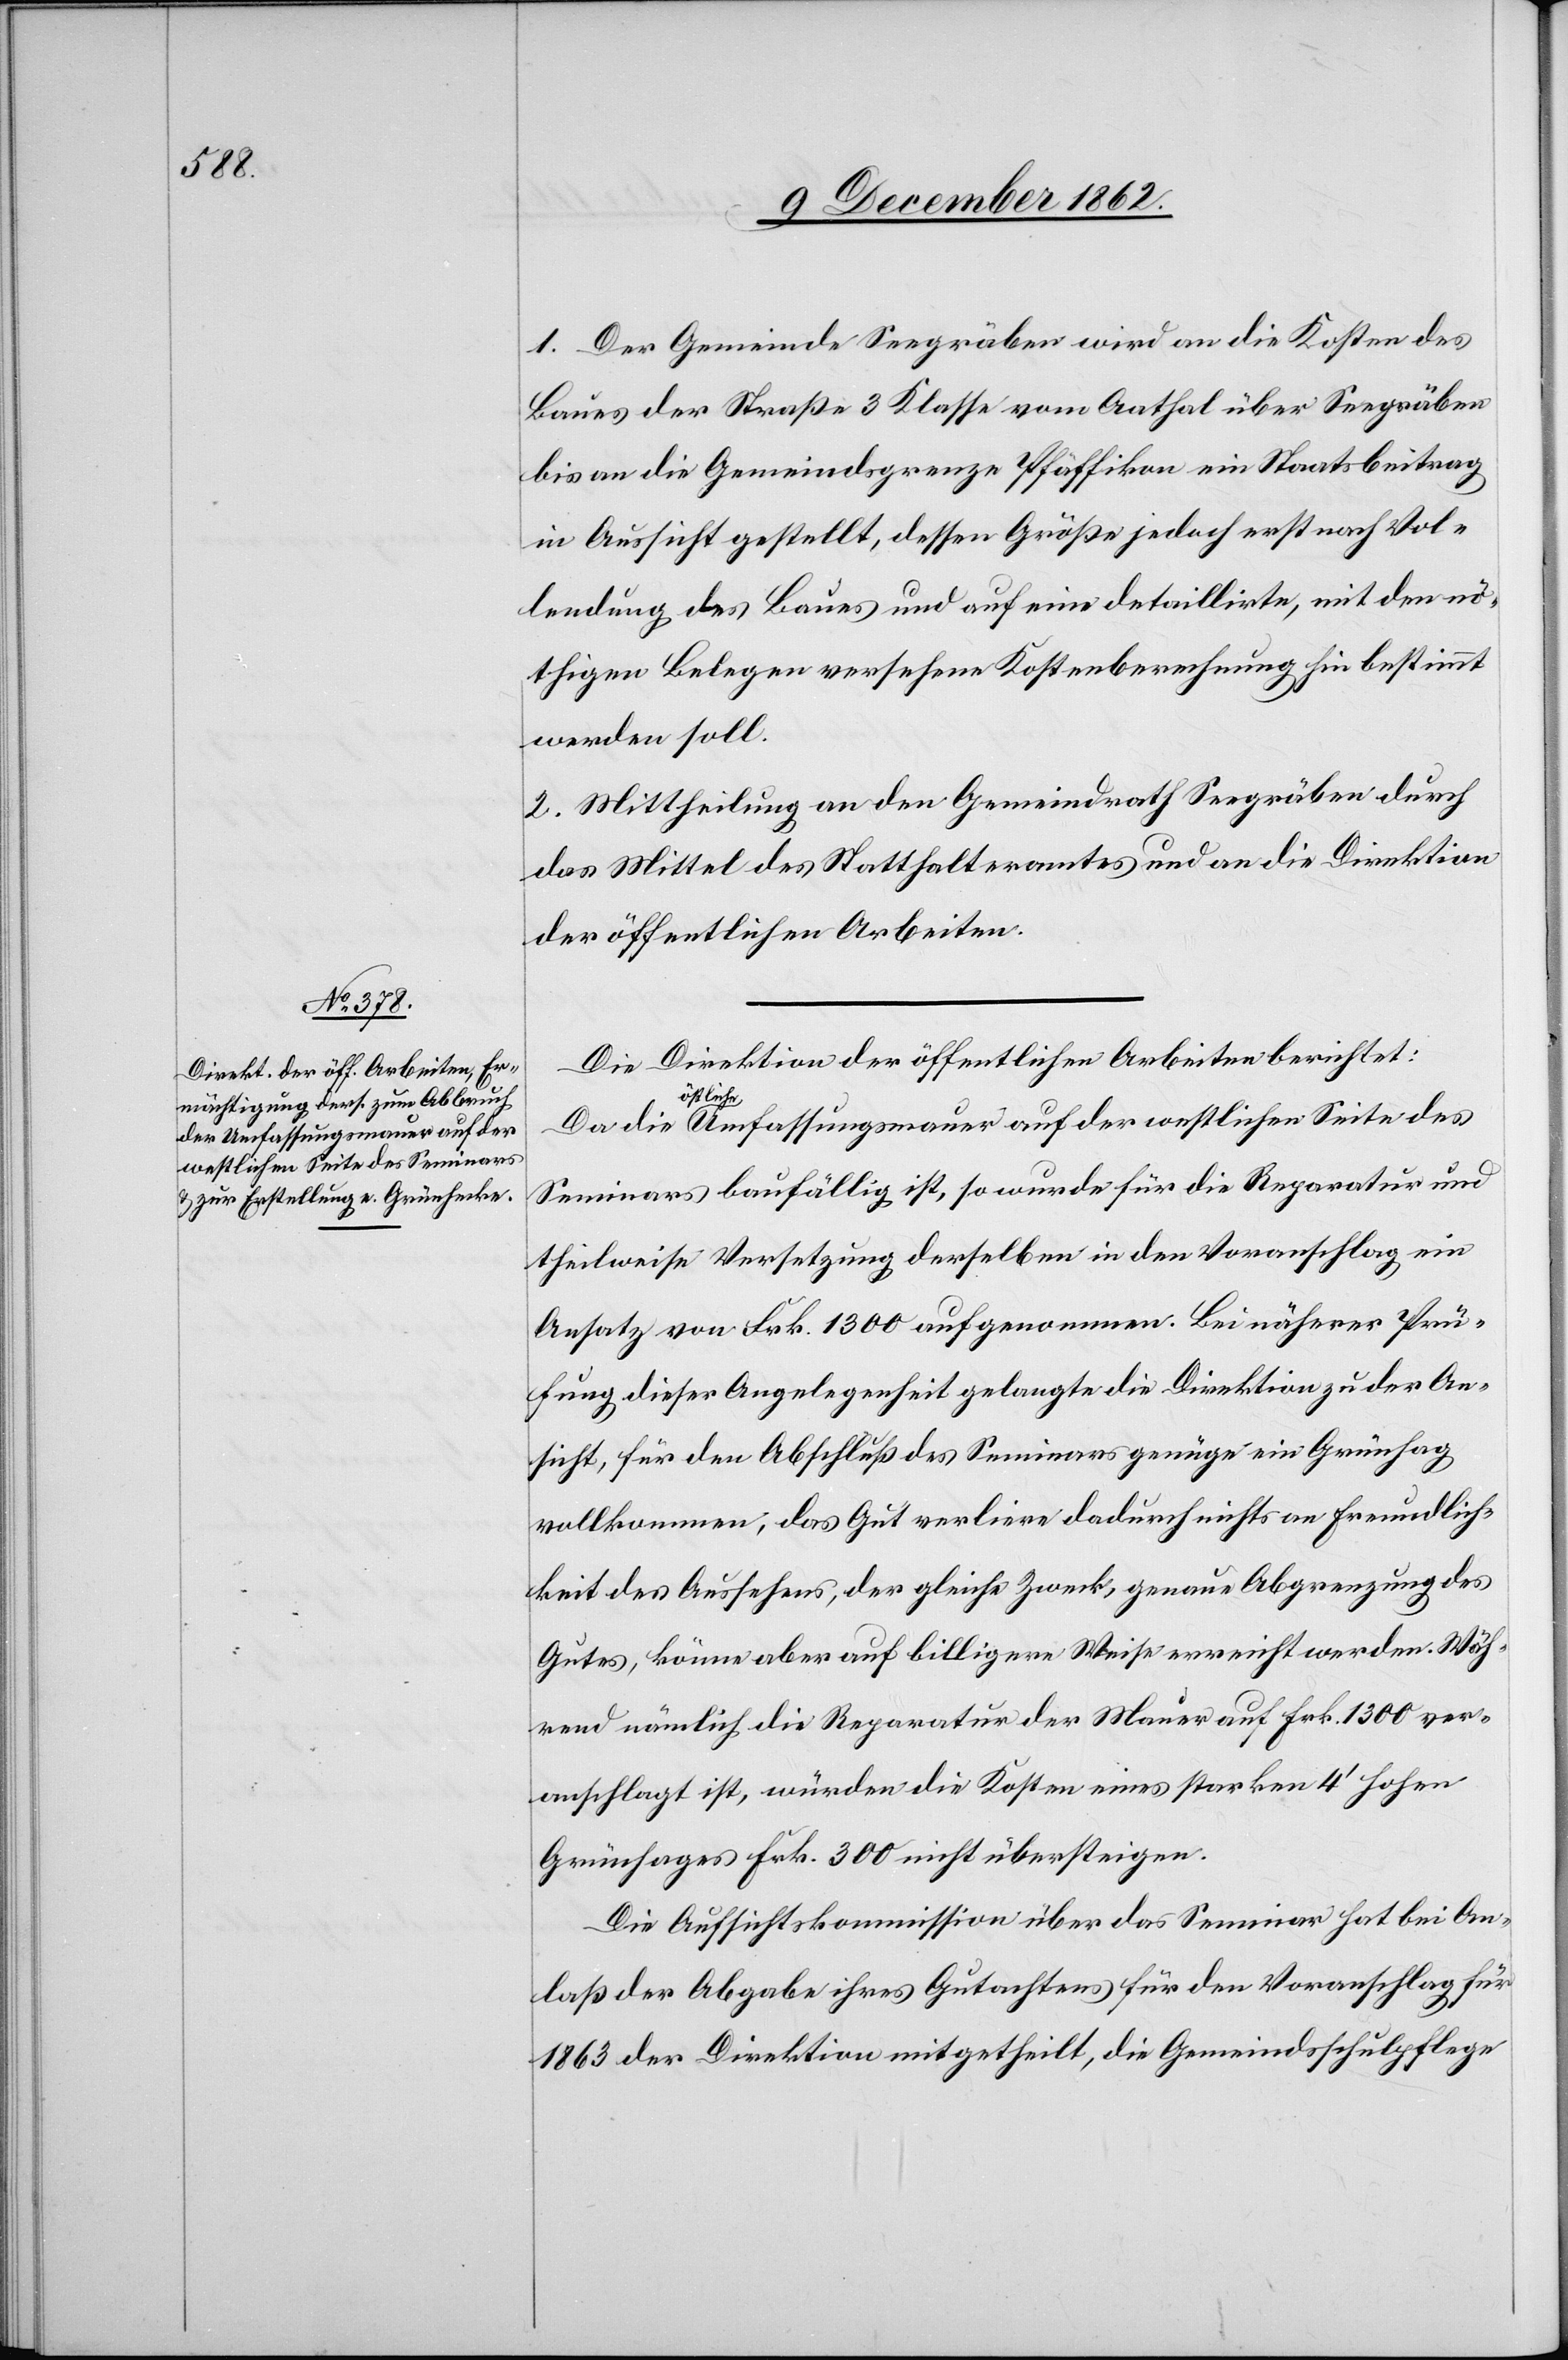
e Umfassungsmauer auf der

1. Der Gemeinde Seegräben wird an die Kosten des
Baues der Straße 3 Klasse vom Aathal über Seegräben
bis an die Gemeindsgrenze Pfäffikon ein Staatsbeitrag
in Aussicht gestellt, dessen Größe jedoch erst nach Vol¬
lendung des Baues und auf eine detaillirte, mit den nö¬
thigen Belegen versehene Kostenberechnung hin bestimmt
werden soll.
2. Mittheilung an den Gemeindrath Seegräben durch
das Mittel des Statthalteramtes und an die Direktion
der öffentlichen Arbeiten.
Die Direktion der öffentlichen Arbeiten berichtet:
westlichen
Seminars baufällig ist, so wurde für die Reparatur und
theilweise Versetzung derselben in den Voranschlag ein
Ansatz von Frk. 1300 aufgenommen. Bei näherer Prü¬
fung dieser Angelegenheit gelangte die Direktion zu der An¬
sicht, für den Abschluß des Seminars genüge ein Grünhag
vollkommen, das Gut verliere dadurch nichts an Freundlich¬
keit des Aussehens, der gleiche Zweck, genaue Abgrenzung des
Gutes, könne aber auf billigere Weise erreicht werden. Wäh¬
rend nämlich die Reparatur der Mauer auf Frk. 1300 ver¬
anschlagt ist, würden die Kosten eines starken 4’ hohen
Grünhages Frk. 300 nicht übersteigen.
Die Aufsichtskommission über das Seminar hat bei An¬
laß der Abgabe ihres Gutachtens für den Voranschlag für
1863 der Direktion mitgetheilt, die Gemeindsschulpflege